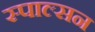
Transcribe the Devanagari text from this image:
स्पाल्सन